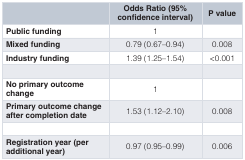
|  | Odds Ratio (95%confidence interval) | P value |
 | --- | --- | --- |
 | Public funding | 1 |  |
 | Mixed funding | 0.79 (0.67–0.94) | 0.008 |
 | Industry funding | 1.39 (1.25–1.54) | <0.001 |
 | No primary outcomechange | 1 |  |
 | Primary outcome changeafter completion date | 1.53 (1.12–2.10) | 0.008 |
 | Registration year (peradditional year) | 0.97 (0.95–0.99) | 0.006 |